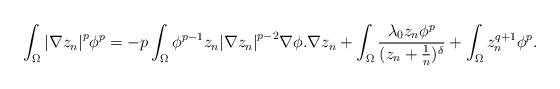
LaTeX: \begin{align*}{}\int_{\Omega}{\vert\nabla{z_{n}}\vert}^{p}\phi^{p}=-p\int_{\Omega}\phi^{p-1}z_{n}{\vert\nabla{z_{n}}\vert}^{p-2}\nabla{\phi}.\nabla{z_{n}}+\int_{\Omega}\frac{\lambda_{0}z_{n}\phi^{p}}{(z_{n}+\frac{1}{n})^{\delta}}+\int_{\Omega}z_{n}^{q+1}\phi^{p}.\end{align*}